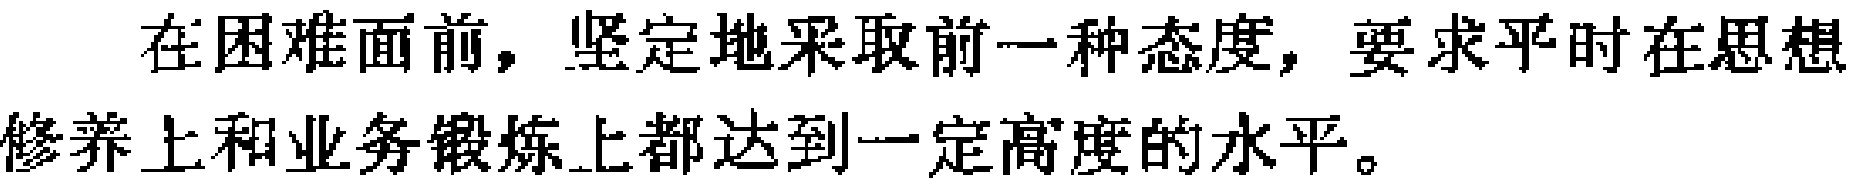
在困难面前，坚定地采取前一种态度，要求平时在思想修养上和业务锻炼上都达到一定高度的水平。